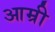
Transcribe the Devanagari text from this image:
आम्री